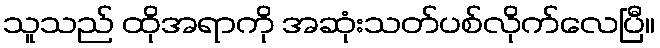
သူသည် ထိုအရာကို အဆုံးသတ်ပစ်လိုက်လေပြီ။